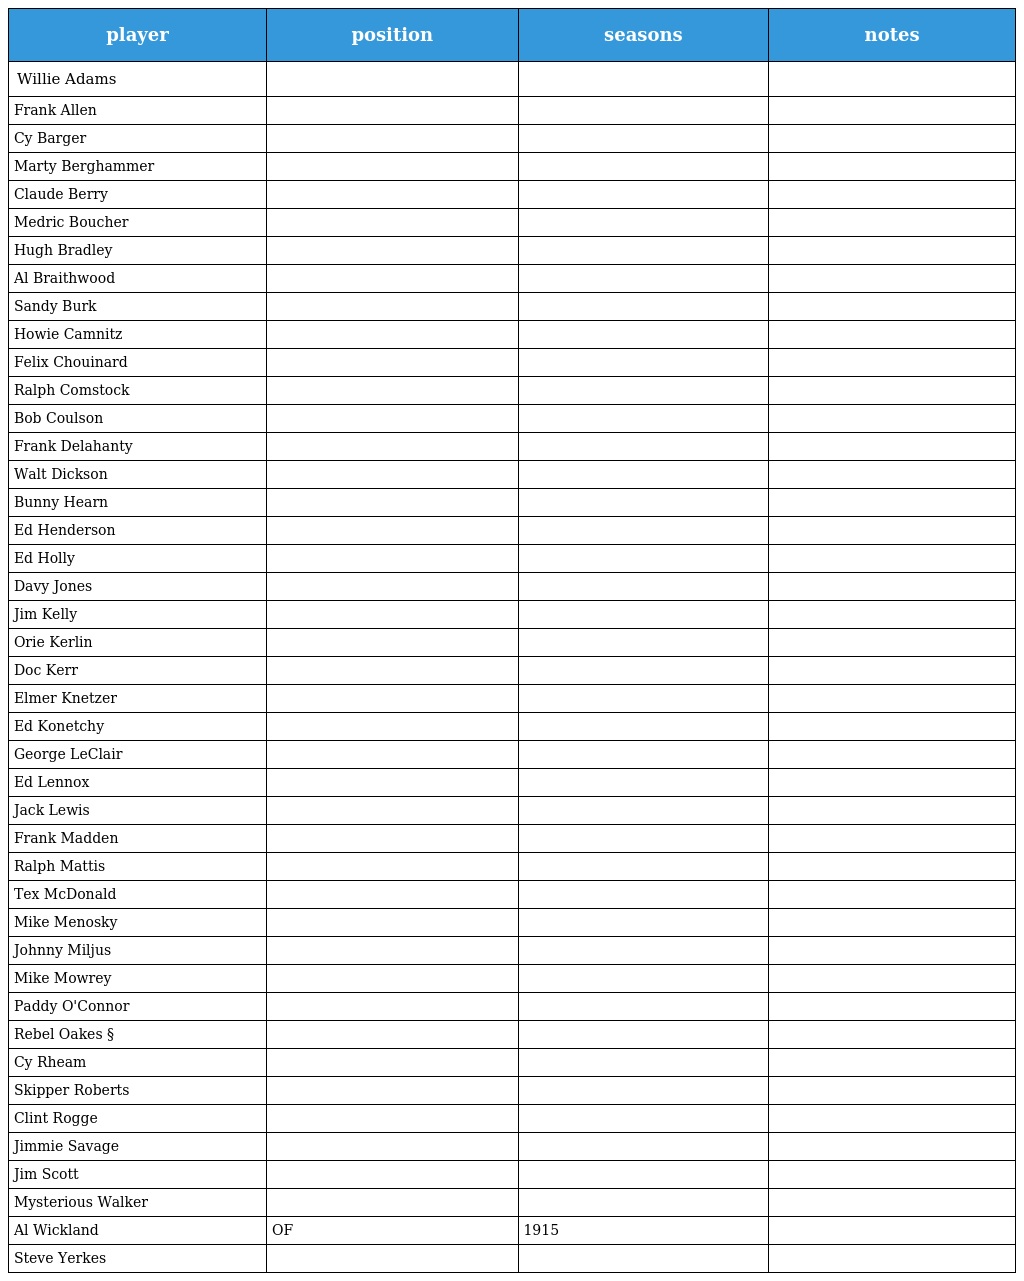
| player | position | seasons | notes |
 | --- | --- | --- | --- |
 | Willie Adams |  |  |  |
 | Frank Allen |  |  |  |
 | Cy Barger |  |  |  |
 | Marty Berghammer |  |  |  |
 | Claude Berry |  |  |  |
 | Medric Boucher |  |  |  |
 | Hugh Bradley |  |  |  |
 | Al Braithwood |  |  |  |
 | Sandy Burk |  |  |  |
 | Howie Camnitz |  |  |  |
 | Felix Chouinard |  |  |  |
 | Ralph Comstock |  |  |  |
 | Bob Coulson |  |  |  |
 | Frank Delahanty |  |  |  |
 | Walt Dickson |  |  |  |
 | Bunny Hearn |  |  |  |
 | Ed Henderson |  |  |  |
 | Ed Holly |  |  |  |
 | Davy Jones |  |  |  |
 | Jim Kelly |  |  |  |
 | Orie Kerlin |  |  |  |
 | Doc Kerr |  |  |  |
 | Elmer Knetzer |  |  |  |
 | Ed Konetchy |  |  |  |
 | George LeClair |  |  |  |
 | Ed Lennox |  |  |  |
 | Jack Lewis |  |  |  |
 | Frank Madden |  |  |  |
 | Ralph Mattis |  |  |  |
 | Tex McDonald |  |  |  |
 | Mike Menosky |  |  |  |
 | Johnny Miljus |  |  |  |
 | Mike Mowrey |  |  |  |
 | Paddy O'Connor |  |  |  |
 | Rebel Oakes § |  |  |  |
 | Cy Rheam |  |  |  |
 | Skipper Roberts |  |  |  |
 | Clint Rogge |  |  |  |
 | Jimmie Savage |  |  |  |
 | Jim Scott |  |  |  |
 | Mysterious Walker |  |  |  |
 | Al Wickland | OF | 1915 |  |
 | Steve Yerkes |  |  |  |